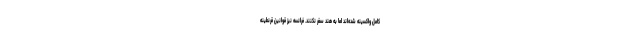
کامل واکسینه شده‌اند اما به هند سفر نکنند. فرانسه نیز قوانین قرنطینه